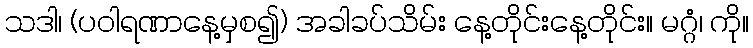
သဒါ၊ (ပဝါရဏာနေ့မှစ၍) အခါခပ်သိမ်း နေ့တိုင်းနေ့တိုင်း။ မဂ္ဂံ၊ ကို။